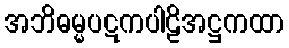
အဘိဓမ္မပဋကပါဠိအဋ္ဌကထာ